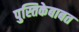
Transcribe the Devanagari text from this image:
पुस्तिकेबाबत